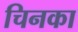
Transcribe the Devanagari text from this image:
चिनका